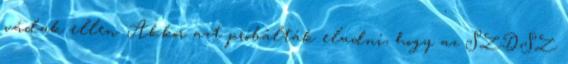
vádak ellen. Akkor azt próbálták eladni, hogy az SZDSZ